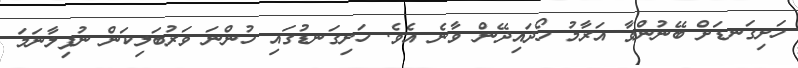
ހަށިގަނޑަށް ބޭނުންވާ އަރާމު ހޯދައިދޭން ވާނެ އެވެ. ހަށިގަނޑުގައި ހުންނަ ވަރުބަލިކަން ނުފިލާނަމަ